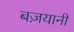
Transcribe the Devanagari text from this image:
बज़यानी